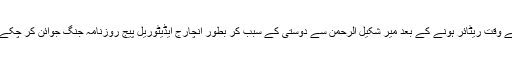
مرحوم انور قدوائی جو بطور چیف رپورٹر نوائے وقت ریٹائر ہونے کے بعد میر شکیل الرحمن سے دوستی کے سبب کر بطور انچارج ایڈیٹوریل پیج روزنامہ جنگ جوائن کر چکے تھے اور کبھی کبھی کالم بھی لکھ دیتے تھے۔